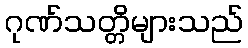
ဂုဏ်သတ္တိများသည်